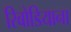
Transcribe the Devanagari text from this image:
रिबोडियाना